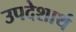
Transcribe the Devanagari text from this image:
उपदेशार्थ